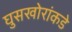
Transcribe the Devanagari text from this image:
घुसखोरांकडे